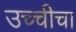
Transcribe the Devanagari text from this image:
उच्चीचा